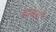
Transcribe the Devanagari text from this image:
बाधाऍं